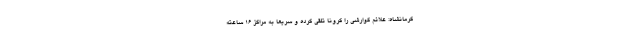
کرمانشاه: علائم گوارشی را کرونا تلقی کرده و سریعا به مراکز ۱۶ ساعته